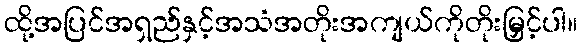
ထို့အပြင်အရှည်နှင့်အသံအတိုးအကျယ်ကိုတိုးမြှင့်ပါ။